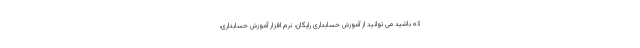
که باشید می توانید از آموزش حسابداری رایگان، نرم افزار آموزش حسابداری،